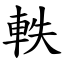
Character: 軼